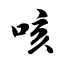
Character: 咳